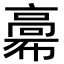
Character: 𩫒